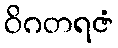
ဝိဂတရဇံ